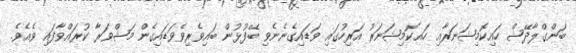
ބަންގްލާދޭޝް ހައިކޮމިޝަނަރާއި ހައކޮމިޝަނަރު އަރިހުގައި ވަޑައިގެނެނެވި ބޭފުޅުން ބައިވެރިވެވަޑައިގެން މަޝްވަރާ ކުރައްވާފައި ވެއެވެ.